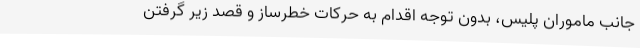
جانب ماموران پلیس، بدون توجه اقدام به حرکات خطرساز و قصد زیر گرفتن